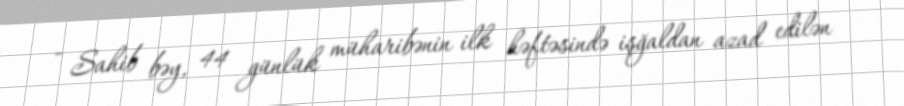
- Sahib bəy, 44 günlük müharibənin ilk həftəsində işğaldan azad edilən